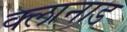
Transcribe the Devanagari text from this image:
क्लानाड